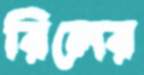
রিলের